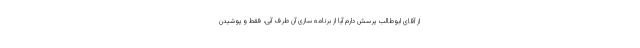
از آقای ابوطالب پرسش دارم آیا از برنامه سازی آن طرف آبی، فقط و پوشیدن